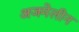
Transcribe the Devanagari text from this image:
अजमेलीन